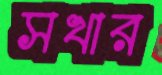
সখার